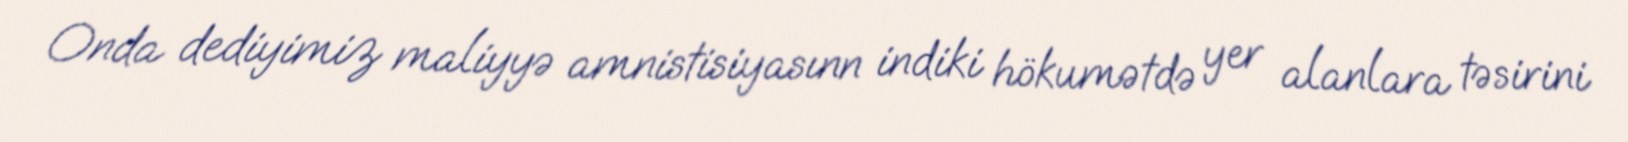
Onda dediyimiz maliyyə amnistisiyasınn indiki hökumətdə yer alanlara təsirini